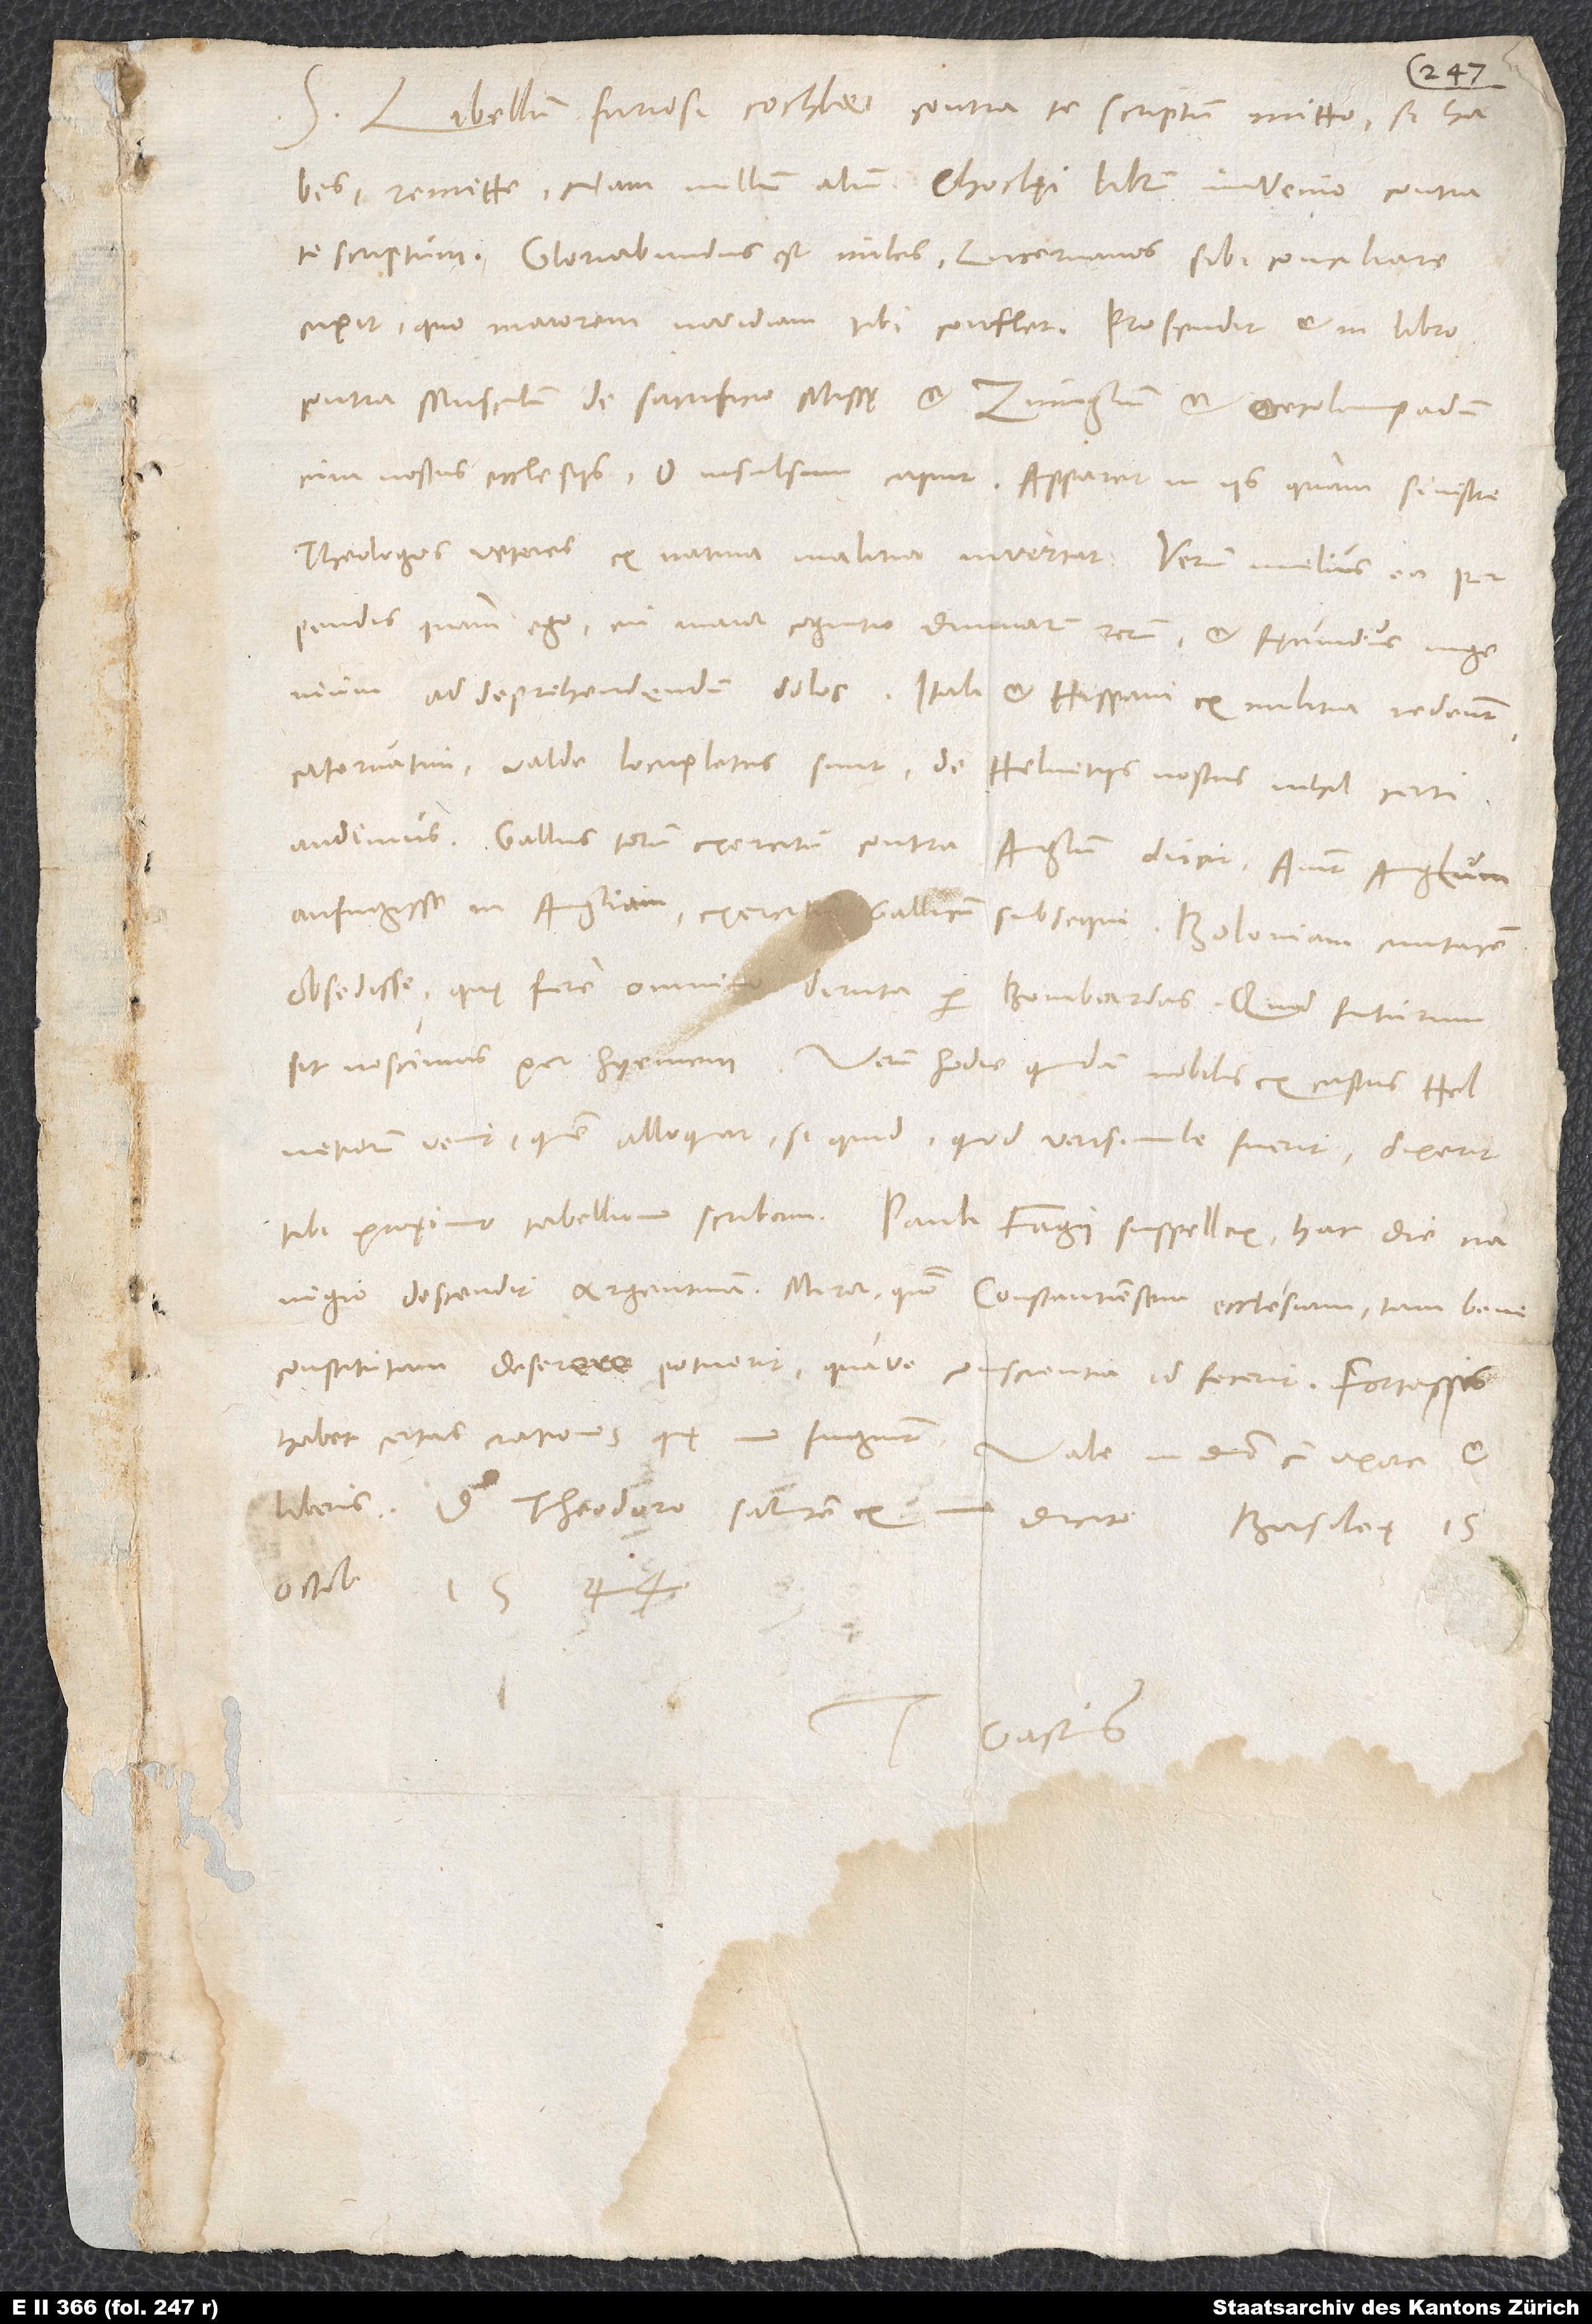
S. Libellum furiosi Cochlei contra te scriptum mitto; si habes,
remitte; nam nullum alium Cochlęi librum invenio contra
te scriptum. Gloriabundus est miles; Lucernanos sibi conciliare
cupit, quo maiorem invidiam tibi conflet. Proscidit et in libro
contra Musculum de sacrificio missę et Zvinglium et Oecolampadium
cum nostris ecclesiis. O insulsum caput! Apparet in iis, quam sinistre
theologos veteres ex nativa malitia invertat. Verum melius ea
perpendis quam ego, cui maior cognitio divinarum rerum et fęcundius ingenium
catervatim; valde locupletes sunt; de Helvetiis nostris nihil certi
audimus. Gallus totum exercitum contra Anglum ducit. Aiunt Anglum
aufugisse in Angliam, exercitum Gallicum subsequi, Boloniam civitatem
obsedisse, quę fere omnino diruta per bombardas. Quid futurum
sit, nescimus per hyemem. Verum hodie quidam nobilis ex castris Helvetiorum
venit, quem alloquar; siquid, quod verisimile fuerit, dixerit,
navigio descendit Argentinam. Miror, quomodo Constantiensem ecclesiam tam bene
constitutam deserere potuerit quave conscientia id fecerit. Fortassis
Gastius.